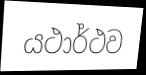
යථාර්ථව